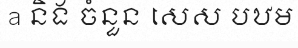
a និង ចំនួន សេស បឋម